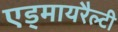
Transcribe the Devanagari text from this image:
एड्मायरैल्टी